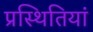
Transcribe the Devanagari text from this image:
प्रस्थितियां